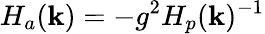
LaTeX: H_{a}(\textbf{k})=-g^{2}H_{p}(\textbf{k})^{-1}